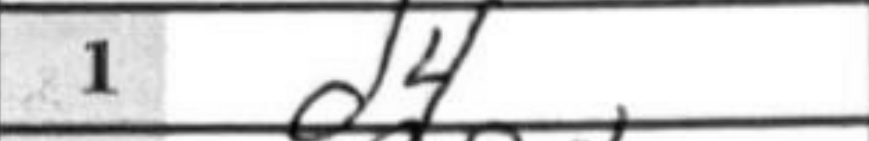
Transcription: d4